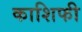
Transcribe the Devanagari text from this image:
काशिफी